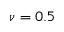
\nu = 0 . 5